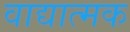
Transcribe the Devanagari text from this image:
वाद्यात्मक